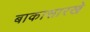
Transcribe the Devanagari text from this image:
बाकासारखे